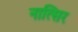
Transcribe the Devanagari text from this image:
नात्सिर